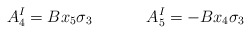
\begin{align*}A_4^I = B x_5 \sigma_3 ~~~~~~~~~~A_5^I = -B x_4 \sigma_3\end{align*}